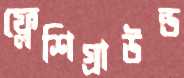
ফ্লেশিগ্রাউন্ড